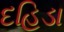
દહિડા